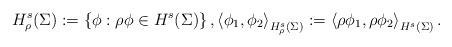
LaTeX: \begin{align*}H^s_\rho(\Sigma) := \left\{ \phi : \rho\phi \in H^s(\Sigma) \right\}, \left< \phi_1,\phi_2\right>_{H^s_\rho(\Sigma)} := \left< \rho\phi_1, \rho\phi_2 \right>_{H^s(\Sigma)}.\end{align*}